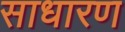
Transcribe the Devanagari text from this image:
साधारण्‍ा